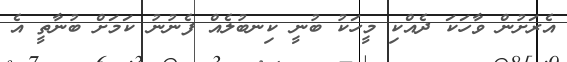
އެރަށުން ވާހަކަ ދެއްކި މީހަކު ބުނީ ކިނބުލެއް ފެނުނު ކަމަށް ބުނާތީ އެ